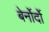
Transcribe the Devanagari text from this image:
बेर्नोर्दो